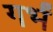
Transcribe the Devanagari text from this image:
गर्भं